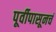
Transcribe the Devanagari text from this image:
पूर्वीपासूनचं